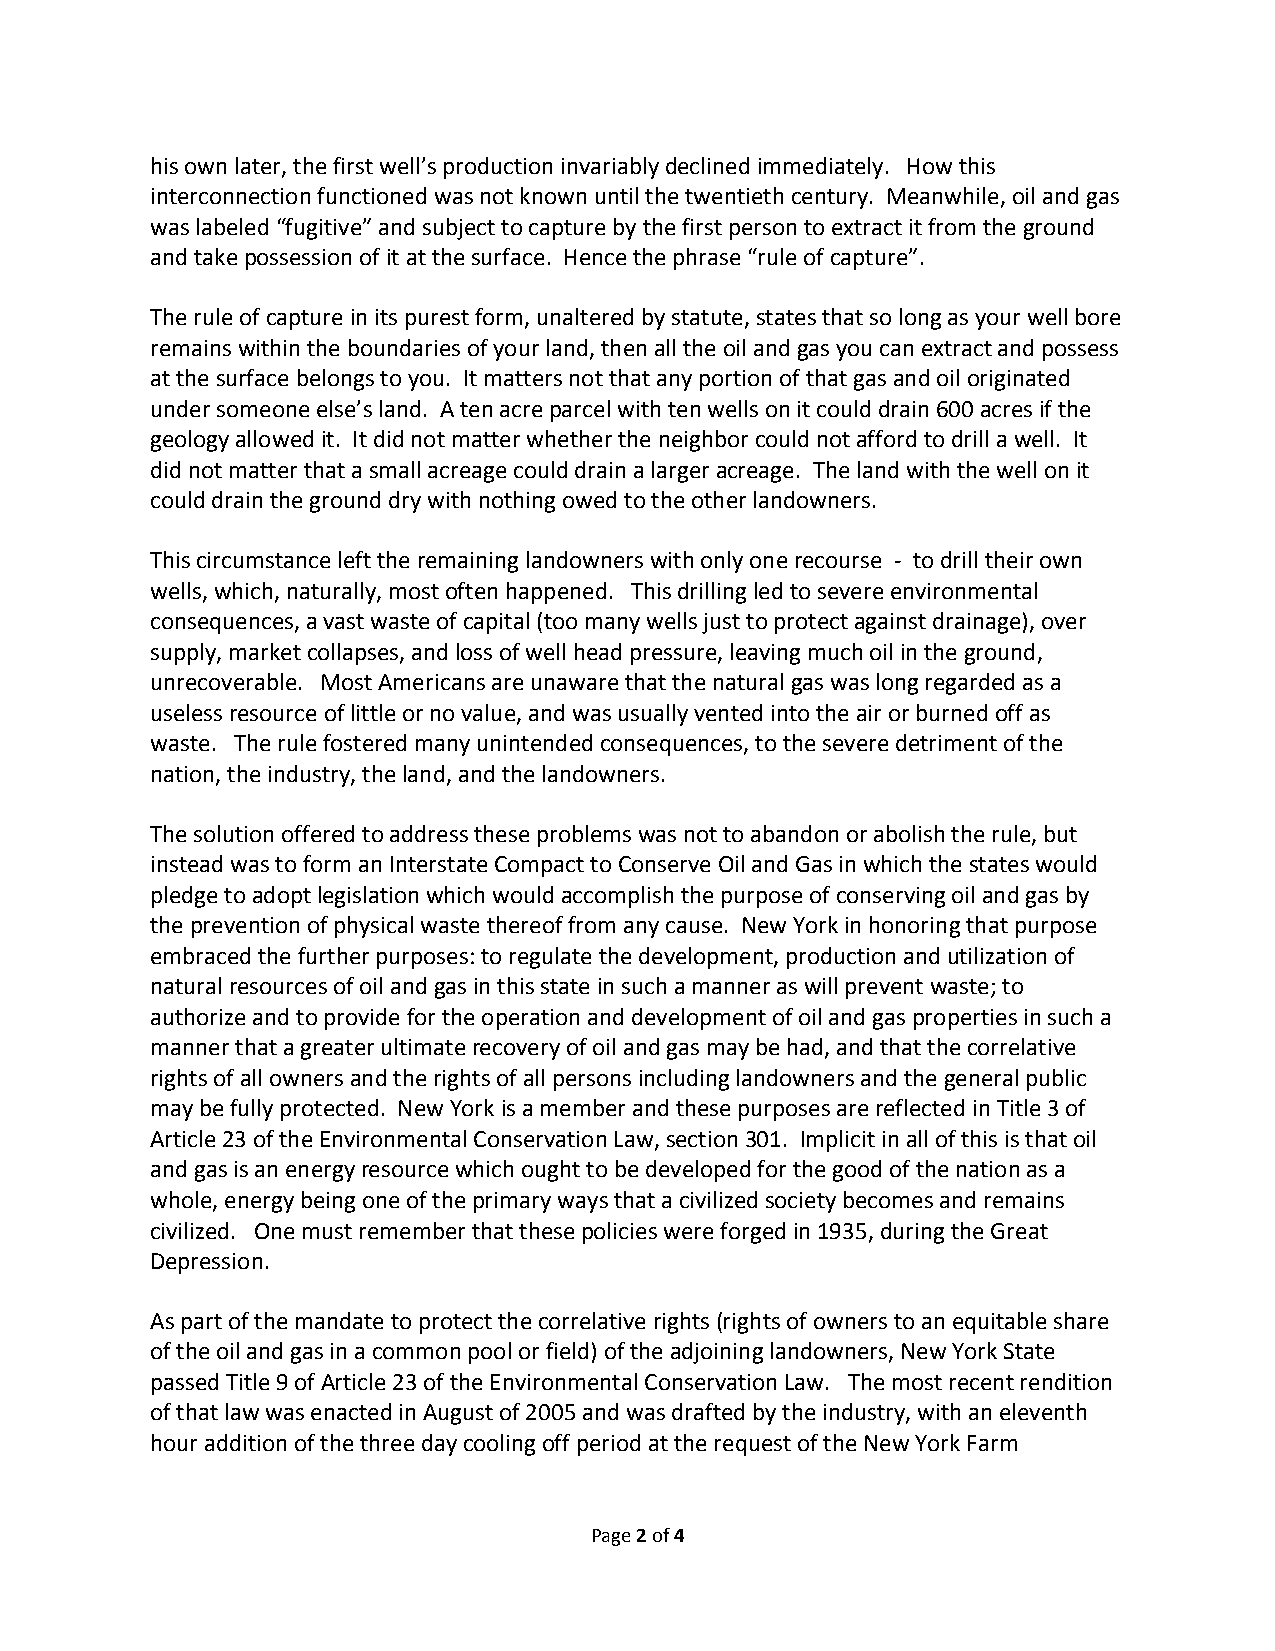
his own later, the first well’s production invariably declined immediately. How this
 interconnection functioned was not known until the twentieth century. Meanwhile, oil and gas
 was labeled “fugitive” and subject to capture by the first person to extract it from the ground
 and take possession of it at the surface. Hence the phrase “rule of capture”.
 The rule of capture in its purest form, unaltered by statute, states that so long as your well bore
 remains within the boundaries of your land, then all the oil and gas you can extract and possess
 at the surface belongs to you. It matters not that any portion of that gas and oil originated
 under someone else’s land. A ten acre parcel with ten wells on it could drain 600 acres if the
 geology allowed it. It did not matter whether the neighbor could not afford to drill a well. It
 did not matter that a small acreage could drain a larger acreage. The land with the well on it
 could drain the ground dry with nothing owed to the other landowners.
 This circumstance left the remaining landowners with only one recourse ‐ to drill their own
 wells, which, naturally, most often happened. This drilling led to severe environmental
 consequences, a vast waste of capital (too many wells just to protect against drainage), over
 supply, market collapses, and loss of well head pressure, leaving much oil in the ground,
 unrecoverable. Most Americans are unaware that the natural gas was long regarded as a
 useless resource of little or no value, and was usually vented into the air or burned off as
 waste. The rule fostered many unintended consequences, to the severe detriment of the
 nation, the industry, the land, and the landowners.
 The solution offered to address these problems was not to abandon or abolish the rule, but
 instead was to form an Interstate Compact to Conserve Oil and Gas in which the states would
 pledge to adopt legislation which would accomplish the purpose of conserving oil and gas by
 the prevention of physical waste thereof from any cause. New York in honoring that purpose
 embraced the further purposes: to regulate the development, production and utilization of
 natural resources of oil and gas in this state in such a manner as will prevent waste; to
 authorize and to provide for the operation and development of oil and gas properties in such a
 manner that a greater ultimate recovery of oil and gas may be had, and that the correlative
 rights of all owners and the rights of all persons including landowners and the general public
 may be fully protected. New York is a member and these purposes are reflected in Title 3 of
 Article 23 of the Environmental Conservation Law, section 301. Implicit in all of this is that oil
 and gas is an energy resource which ought to be developed for the good of the nation as a
 whole, energy being one of the primary ways that a civilized society becomes and remains
 civilized. One must remember that these policies were forged in 1935, during the Great
 Depression.
 As part of the mandate to protect the correlative rights (rights of owners to an equitable share
 of the oil and gas in a common pool or field) of the adjoining landowners, New York State
 passed Title 9 of Article 23 of the Environmental Conservation Law. The most recent rendition
 of that law was enacted in August of 2005 and was drafted by the industry, with an eleventh
 hour addition of the three day cooling off period at the request of the New York Farm
 Page 2 of 4